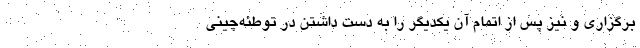
برگزاری و نیز پس از اتمام آن یکدیگر را به دست داشتن در توطئه‌چینی